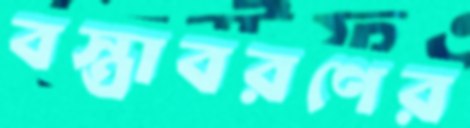
বস্ত্রাবরণের